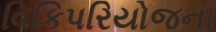
વિકિપરિયોજના